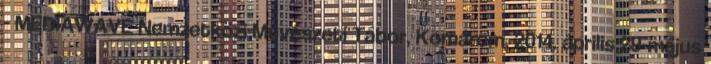
- MEDIAWAVE Nemzetközi Művészeti Tábor, Komárom, 2014. április 29-május